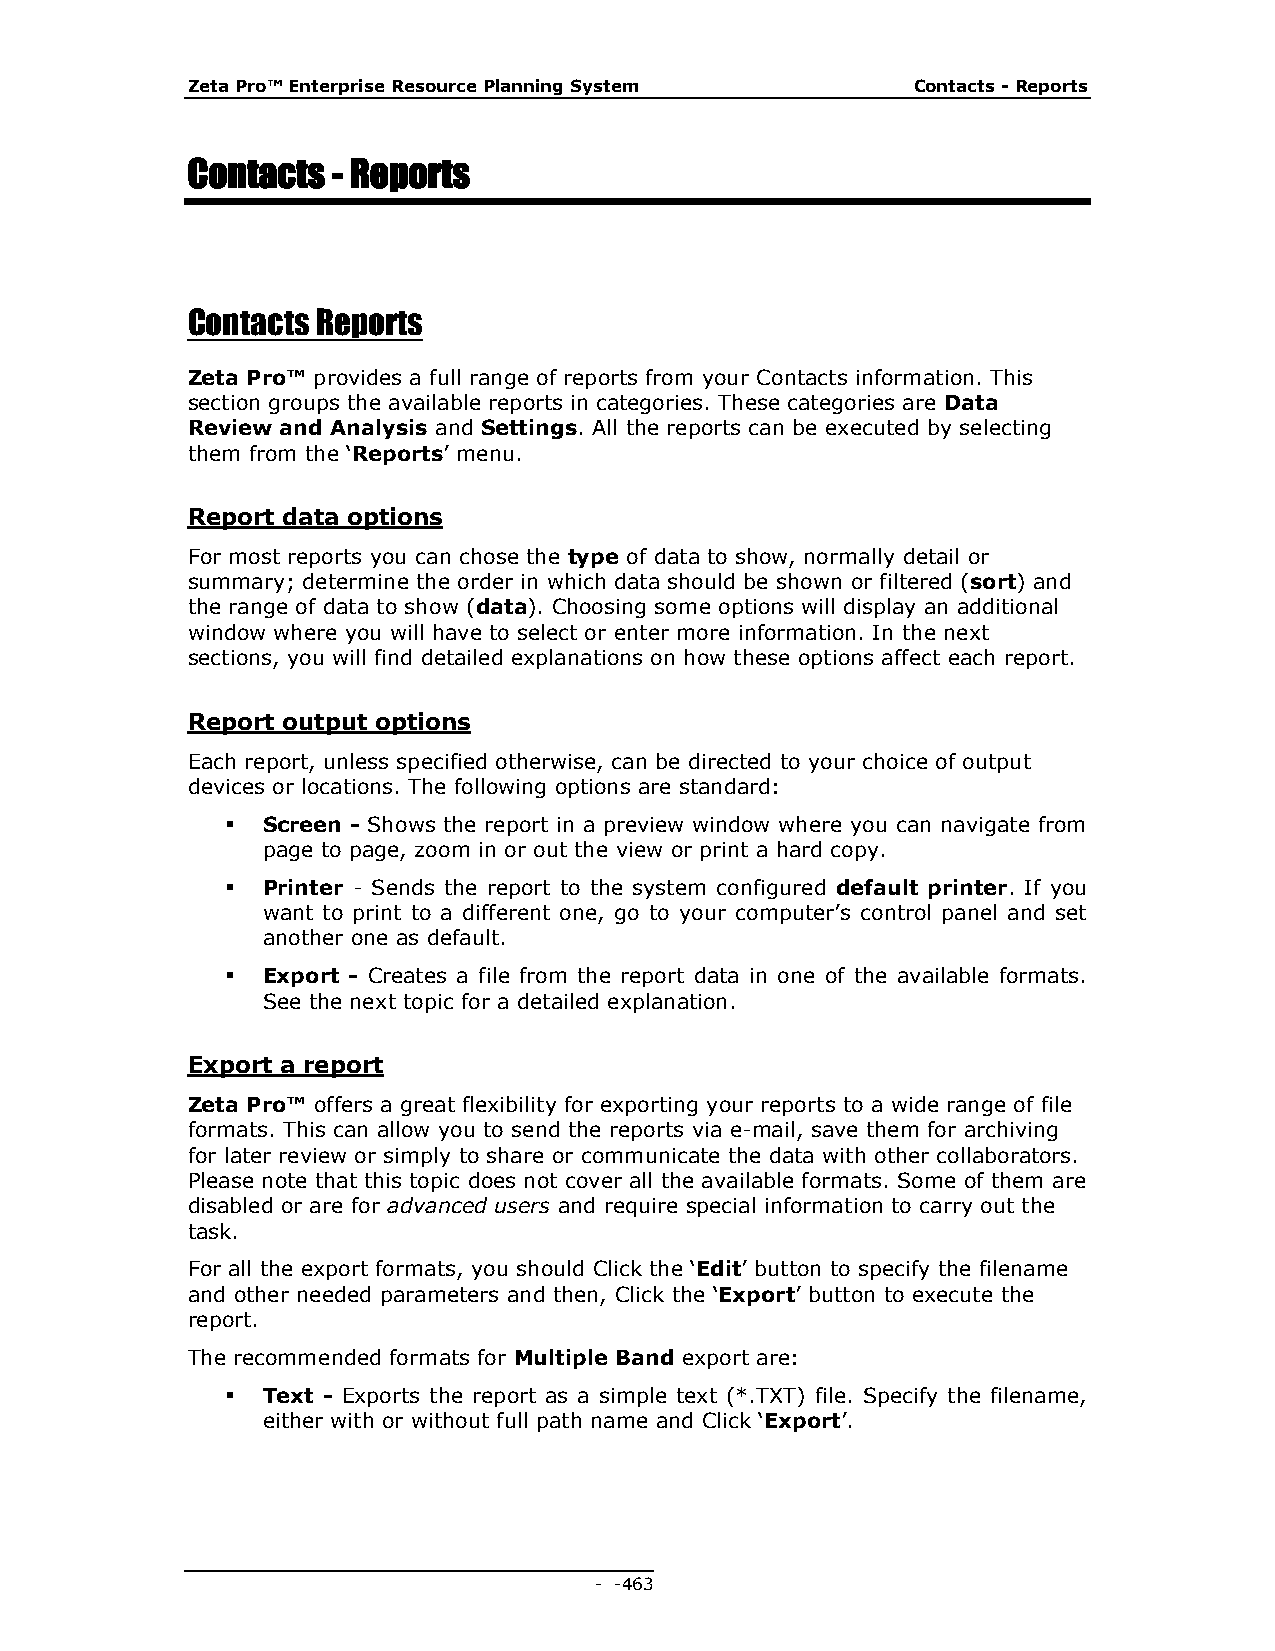
Zeta Pro™ Enterprise Resource Planning System    Contacts - Reports
 Contacts  - Reports
 Contacts Reports
 Zeta Pro™ provides a full range of reports from your Contacts information. This
 section groups the available reports in categories. These categories are Data
 Review and Analysis and Settings. All the reports can be executed by selecting
 them from the ‘Reports’ menu.
 Report data options
 For most reports you can chose the type of data to show, normally detail or
 summary; determine the order in which data should be shown or filtered (sort) and
 the range of data to show (data). Choosing some options will display an additional
 window where you will have to select or enter more information. In the next
 sections, you will find detailed explanations on how these options affect each report.
 Report output options
 Each report, unless specified otherwise, can be directed to your choice of output
 devices or locations. The following options are standard:
  Screen - Shows the report in a preview window where you can navigate from
 page to page, zoom in or out the view or print a hard copy.
  Printer - Sends the report to the system configured default printer. If you
 want to print to a different one, go to your computer’s control panel and set
 another one as default.
  Export - Creates a file from the report data in one of the available formats.
 See the next topic for a detailed explanation.
 Export a report
 Zeta Pro™ offers a great flexibility for exporting your reports to a wide range of file
 formats. This can allow you to send the reports via e-mail, save them for archiving
 for later review or simply to share or communicate the data with other collaborators.
 Please note that this topic does not cover all the available formats. Some of them are
 disabled or are for advanced users and require special information to carry out the
 task.
 For all the export formats, you should Click the ‘Edit’ button to specify the filename
 and other needed parameters and then, Click the ‘Export’ button to execute the
 report.
 The recommended formats for Multiple Band export are:
  Text - Exports the report as a simple text (*.TXT) file. Specify the filename,
 either with or without full path name and Click ‘Export’.
 - - 463